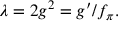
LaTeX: \lambda = 2 g ^ { 2 } = g ^ { \prime } / f _ { \pi } .